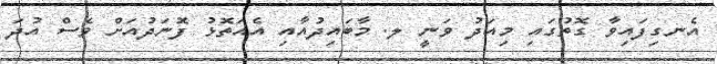
އެނގިފައިވާ ގޮތުގައި މިއަދު ވަނީ ލ. މާބައިދުއާއި އެއަތޮޅު ފޮނަދުއަށް ވެސް އުދަ